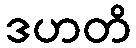
ဒဟတိ